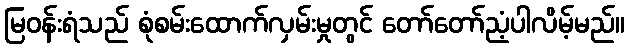
မြဝန်းရံသည် စုံစမ်းထောက်လှမ်းမှုတွင် တော်တော်ညံ့ပါလိမ့်မည်။